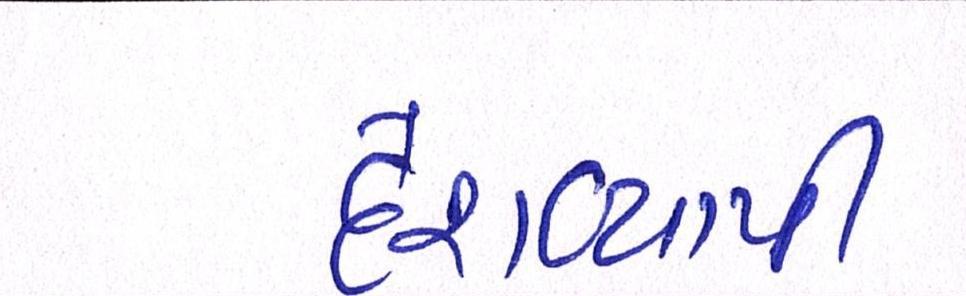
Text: દેશવ્યાપી